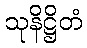
သုနိဋ္ဌိတံ